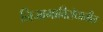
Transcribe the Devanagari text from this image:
निजामाविरोधातील